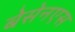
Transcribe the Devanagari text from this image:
बेसेनएस